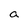
Character: a